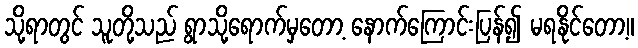
သို့ရာတွင် သူတို့သည် ရွာသို့ရောက်မှတော့ နောက်ကြောင်းပြန်၍ မရနိုင်တော့။